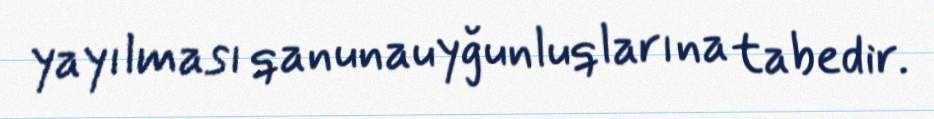
yayılması qanunauyğunluqlarına tabedir.